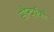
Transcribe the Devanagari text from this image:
सौन्दर्यको